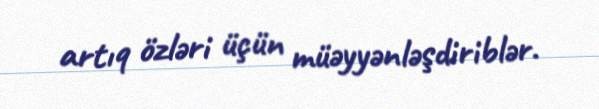
artıq özləri üçün müəyyənləşdiriblər.